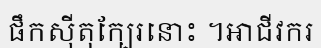
ផឹកស៊ីតុក្បែរនោះ ។អាជីវករ